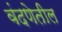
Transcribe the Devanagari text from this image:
वंदणेतील